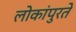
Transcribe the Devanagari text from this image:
लोकांपुरते